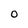
Character: o